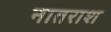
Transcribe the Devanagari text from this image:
नातराश